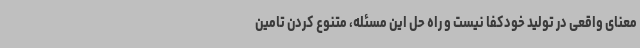
معنای واقعی در تولید خودکفا نیست و راه حل این مسئله، متنوع کردن تامین